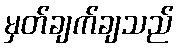
မှတ်ချက်ချသည်